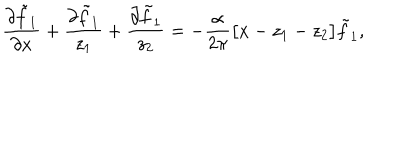
LaTeX: \frac { \partial \tilde { f } _ { 1 } } { \partial x } + \frac { \partial \tilde { f } _ { 1 } } { z _ { 1 } } + \frac { \partial \tilde { f } _ { 1 } } { z _ { 2 } } = - \frac { \alpha } { 2 \pi } \big [ x - z _ { 1 } - z _ { 2 } \big ] \tilde { f } _ { 1 } ,